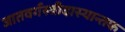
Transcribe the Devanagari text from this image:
जातवर्गस्त्रीदास्यान्तक